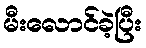
မီးလောင်ခဲ့ပြီး